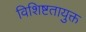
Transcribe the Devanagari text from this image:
विशिष्टतायुक्त